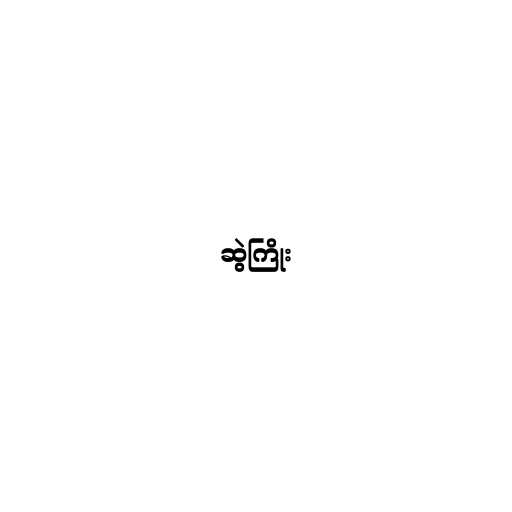
ဆွဲကြိုး